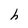
Character: h